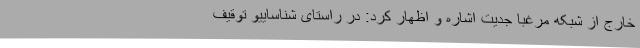
خارج از شبکه مرغبا جدیت اشاره و اظهار کرد: در راستای شناساییو توقیف